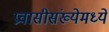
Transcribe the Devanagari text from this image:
प्रवासीसंख्येमध्ये